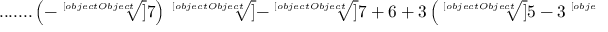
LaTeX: { \mathrm { . . . . . . . } } \left( - { \sqrt [ [object Object] ] { 7 } } \right) { \sqrt [ [object Object] ] { - { \sqrt [ [object Object] ] { 7 } } + 6 + 3 \left( { \sqrt [ [object Object] ] { 5 - 3 { \sqrt [ [object Object] ] { 7 } } } } + { \sqrt [ [object Object] ] { 4 - 3 { \sqrt [ [object Object] ] { 7 } } } } \right) } }